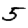
Digit: 5